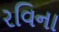
રવિના